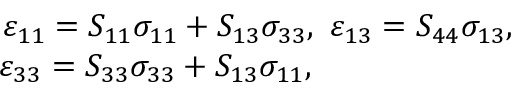
\begin{array} { r } { \varepsilon _ { 1 1 } = S _ { 1 1 } \sigma _ { 1 1 } + S _ { 1 3 } \sigma _ { 3 3 } , \, \, \varepsilon _ { 1 3 } = S _ { 4 4 } \sigma _ { 1 3 } , } \\ { \varepsilon _ { 3 3 } = S _ { 3 3 } \sigma _ { 3 3 } + S _ { 1 3 } \sigma _ { 1 1 } , \qquad \qquad \qquad \, } \end{array}